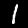
Digit: 1